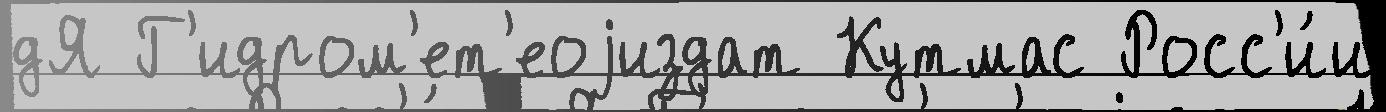
дЯ Г'идром'ет'еоjиздат Кутмас Росс'и́и